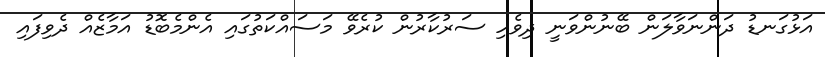
އަޅުގަނޑު ދަންނަވާލަން ބޭނުންވަނީ ދިވެހި ސަރުކާރުން ކުރެވޭ މަސައްކަތުގައި އެންމެބޮޑު އަމާޒެއް ދެވިފައި